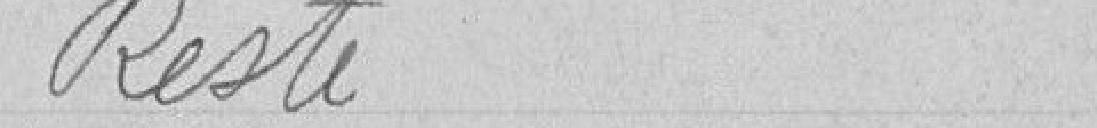
Reste